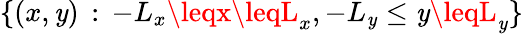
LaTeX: \{ (x,\mathit{y})\, :\, -L_{x}\leqx\leqL_{x},-L_{\mathit{y}}\leq\mathit{y}\leqL_{\mathit{y}}\}